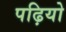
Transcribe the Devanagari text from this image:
पढ़ियो